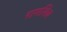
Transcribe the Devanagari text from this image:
रामशिव